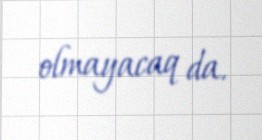
olmayacaq da.